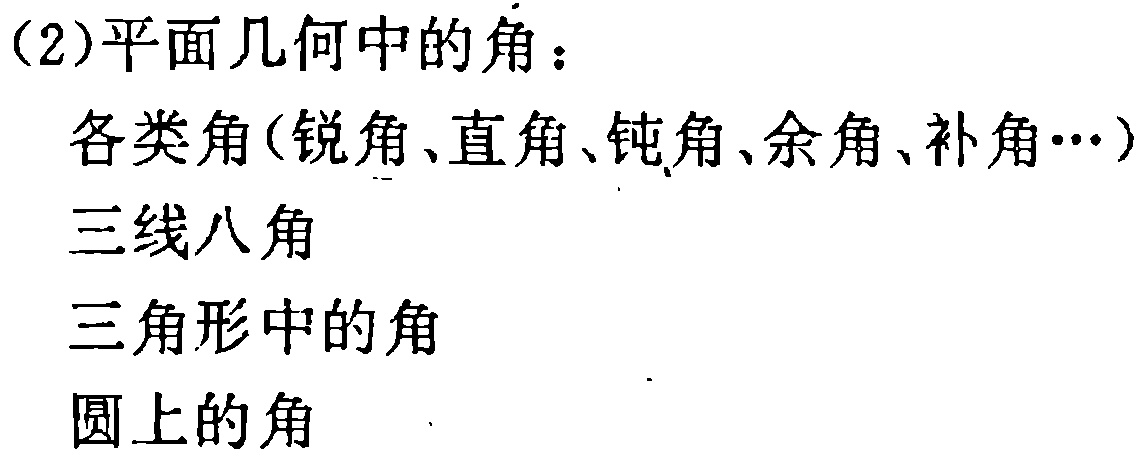
(2)平面几何中的角：

各类角(锐角、直角、钝角、余角、补角…)

三线八角

三角形中的角

圆上的角